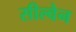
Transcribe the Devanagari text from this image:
सील्वेन